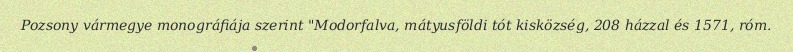
Pozsony vármegye monográfiája szerint "Modorfalva, mátyusföldi tót kisközség, 208 házzal és 1571, róm.